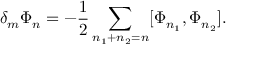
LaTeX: \delta _ { m } \Phi _ { n } = - \frac { 1 } { 2 } \sum _ { n _ { 1 } + n _ { 2 } = n } [ \Phi _ { n _ { 1 } } , \Phi _ { n _ { 2 } } ] .